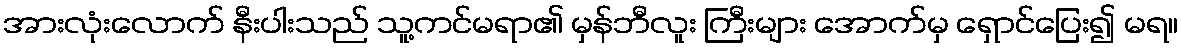
အားလုံးလောက် နီးပါးသည် သူ့ကင်မရာ၏ မှန်ဘီလူး ကြီးများ အောက်မှ ရှောင်ပြေး၍ မရ။